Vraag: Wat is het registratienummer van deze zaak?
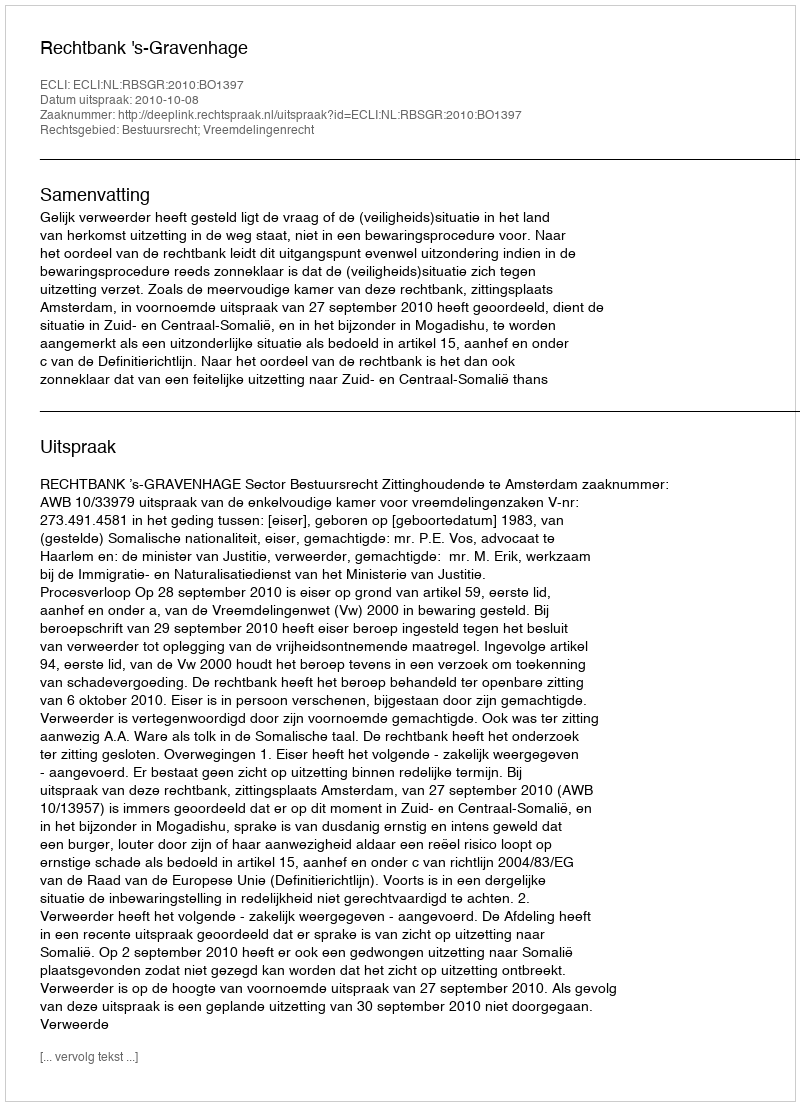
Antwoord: http://deeplink.rechtspraak.nl/uitspraak?id=ECLI:NL:RBSGR:2010:BO1397